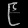
Digit: ၉